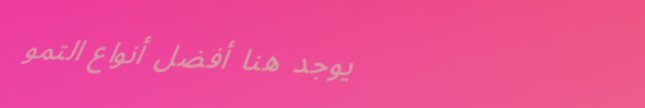
يوجد هنا أفضل أنواع التمو